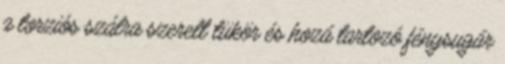
a torziós szálra szerelt tükör és hozá tartozó fénysugár